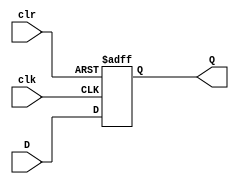
module Dflop 
#(parameter WIDTH = 16)
(
input clk,clr,
input [WIDTH-1:0] D,
output reg [WIDTH-1:0] Q
);


always @(posedge clk, negedge clr) begin
	
	if (~clr)begin
		Q <= {WIDTH{1'b0}};
	end
	else begin
		Q <= D;
	end
	

end


endmodule